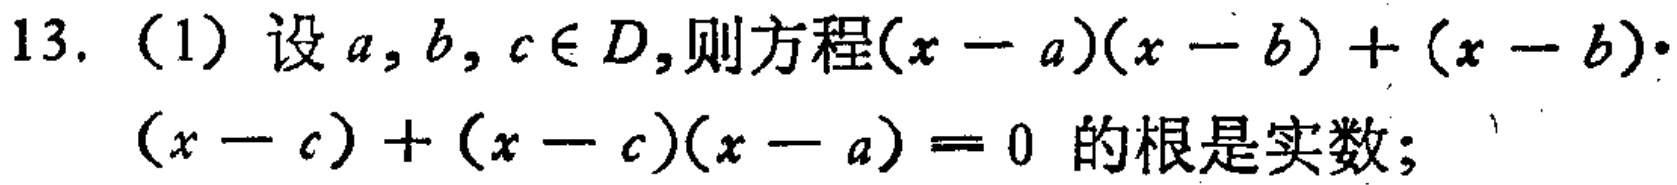
13. (1) 设 \(a,b,c\in D\),则方程\((x - a)(x - b)+(x - b)\cdot(x - c)+(x - c)(x - a)=0\) 的根是实数；